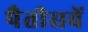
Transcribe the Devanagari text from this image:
पैतीसवें